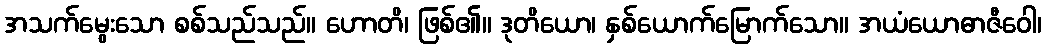
အသက်မွေးသော စစ်သည်သည်။ ဟောတိ၊ ဖြစ်၏။ ဒုတိယော၊ နှစ်ယောက်မြောက်သော။ အယံယောဓာဇီဝေါ၊